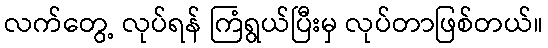
လက်တွေ့ လုပ်ရန် ကြံရွယ်ပြီးမှ လုပ်တာဖြစ်တယ်။